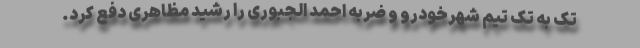
تک به تک تیم شهرخودرو و ضربه احمد الجبوری را رشید مظاهری دفع کرد.